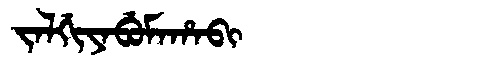
Manchu: ᠵᠠᠯᡤᡳᠶᠠᠪᡠᠮᠠᡥᠠᠪᡳ
Romanization: JALGIYABUMAHABI